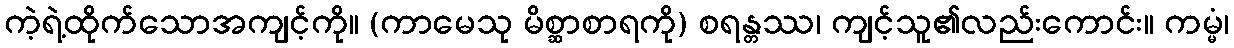
ကဲ့ရဲ့ထိုက်သောအကျင့်ကို။ (ကာမေသု မိစ္ဆာစာရကို) စရန္တဿ၊ ကျင့်သူ၏လည်းကောင်း။ ကမ္မံ၊